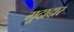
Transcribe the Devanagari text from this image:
गूदादार